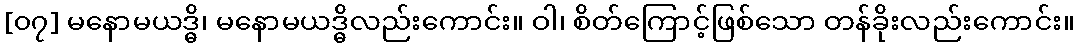
[၀၇] မနောမယဒ္ဓိ၊ မနောမယဒ္ဓိလည်းကောင်း။ ဝါ၊ စိတ်ကြောင့်ဖြစ်သော တန်ခိုးလည်းကောင်း။